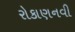
રોકાણનવી